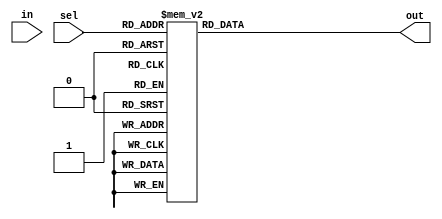
module demux(
    input [3:0] sel,
    input [3:0] in,
    output reg [15:0] out
);

always @(*)
begin
    case(sel)
        4'b0000: out = 16'b0000_0000_0000_0001;
        4'b0001: out = 16'b0000_0000_0000_0010;
        4'b0010: out = 16'b0000_0000_0000_0100;
        4'b0011: out = 16'b0000_0000_0000_1000;
        4'b0100: out = 16'b0000_0000_0001_0000;
        4'b0101: out = 16'b0000_0000_0010_0000;
        4'b0110: out = 16'b0000_0000_0100_0000;
        4'b0111: out = 16'b0000_0000_1000_0000;
        4'b1000: out = 16'b0000_0001_0000_0000;
        4'b1001: out = 16'b0000_0010_0000_0000;
        4'b1010: out = 16'b0000_0100_0000_0000;
        4'b1011: out = 16'b0000_1000_0000_0000;
        4'b1100: out = 16'b0001_0000_0000_0000;
        4'b1101: out = 16'b0010_0000_0000_0000;
        4'b1110: out = 16'b0100_0000_0000_0000;
        4'b1111: out = 16'b1000_0000_0000_0000;
    endcase
end

endmodule